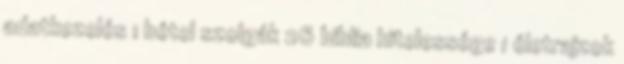
adatkezelés 1 bétel szolgák 26 biblia hitelessége 1 életrajzok